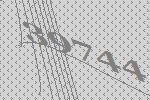
39744